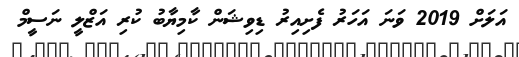
އަލަށް 2019 ވަނަ އަހަރު ފެށިއިރު ޑިވިޝަން ކާމިޔާބު ކުރި އަޒްލީ ނަސީމް